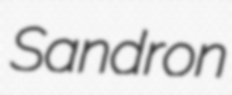
Sandron